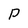
Character: p